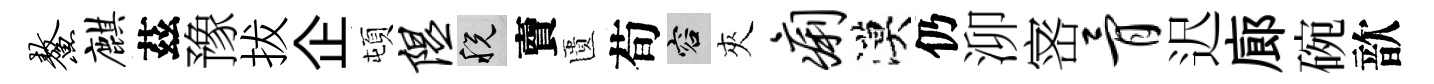
鳌麒茲豫拔企頓隰税𧶠匱荀容夾痢漠仍泖宻骨迟廊碗歆